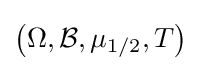
\left(\Omega ,{\mathcal {B}},\mu _{1/2},T\right)